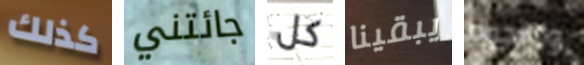
كذلك جائتني كل يبقينا والنجوم